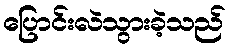
ပြောင်းလဲသွားခဲ့သည်